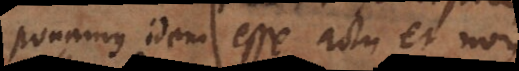
possibile. idem esse actu et non